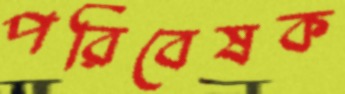
পরিবেষক